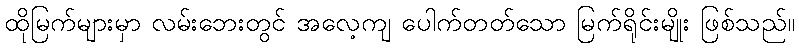
ထိုမြက်များမှာ လမ်းဘေးတွင် အလေ့ကျ ပေါက်တတ်သော မြက်ရိုင်းမျိုး ဖြစ်သည်။